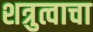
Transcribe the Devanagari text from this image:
शत्रुत्वाचा